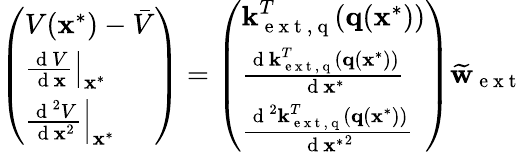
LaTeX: \left(\begin{array}{l}{V(\textbf{x}^{*})-\bar{V}}\\ {\left.\frac{\mathrm{~d~}V}{\mathrm{~d~}\textbf{x}}\right|_{\textbf{x}^{*}}}\\ {\left.\frac{\mathrm{~d~}^{2}V}{\mathrm{~d~}\textbf{x}^{2}}\right|_{\textbf{x}^{*}}}\end{array}\right)=\left(\begin{array}{l}{\textbf{k}_{\mathrm{~e~x~t~,~q~}}^{T}(\textbf{q}(\textbf{x}^{*}))}\\ {\frac{\mathrm{~d~}\textbf{k}_{\mathrm{~e~x~t~,~q~}}^{T}(\textbf{q}(\textbf{x}^{*}))}{\mathrm{~d~}\textbf{x}^{*}}}\\ {\frac{\mathrm{~d~}^{2}\textbf{k}_{\mathrm{~e~x~t~,~q~}}^{T}(\textbf{q}(\textbf{x}^{*}))}{\mathrm{~d~}{\textbf{x}^{*}}^{2}}}\end{array}\right)\widetilde{\textbf{w}}_{\mathrm{~e~x~t~}}